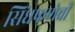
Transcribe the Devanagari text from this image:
सिंधफणेची